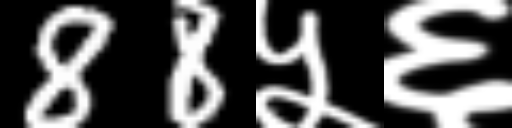
Text: 88५६